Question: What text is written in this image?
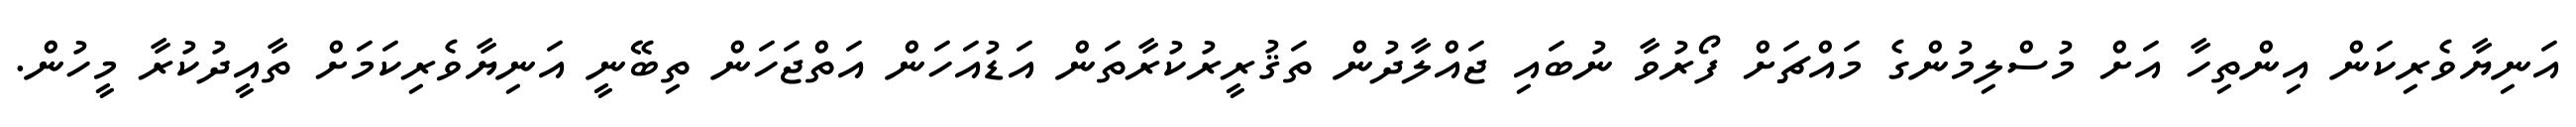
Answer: އަނިޔާވެރިކަން އިންތިހާ އަށް މުސްލިމުންގެ މައްޗަށް ފޯރުވާ ނުބައި ޖައްލާދުން ތަޤުރީރުކުރާތަން އަޑުއަހަން އަތްޖަހަން ތިބޭނީ އަނިޔާވެރިކަމަށް ތާއީދުކުރާ މީހުން.